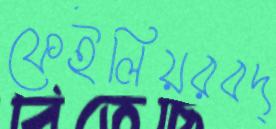
ফেইলিয়রবদ্